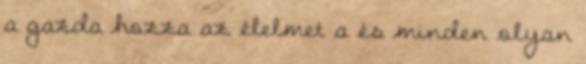
a gazda hozza az élelmet a és minden olyan